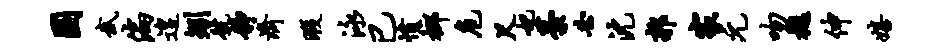
圜武偏遑矧号静济暇泳已愤榔危尺妃藁必沈郭家元吻樾伸嬉